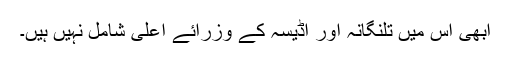
ابھی اس میں تلنگانہ اور اڈیسہ کے وزرائے اعلیٰ شامل نہیں ہیں۔